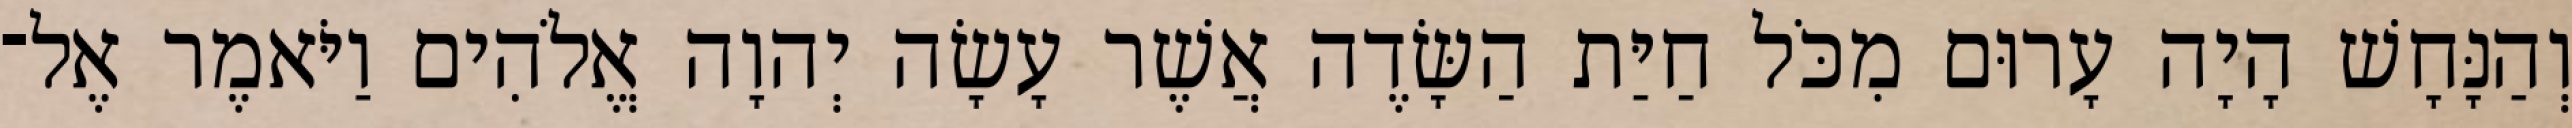
וְהַנָּחָשׁ הָיָה עָרוּם מִכֹּל חַיַּת הַשָּׂדֶה אֲשֶׁר עָשָׂה יְהוָה אֱלֹהִים וַיֹּאמֶר אֶל־